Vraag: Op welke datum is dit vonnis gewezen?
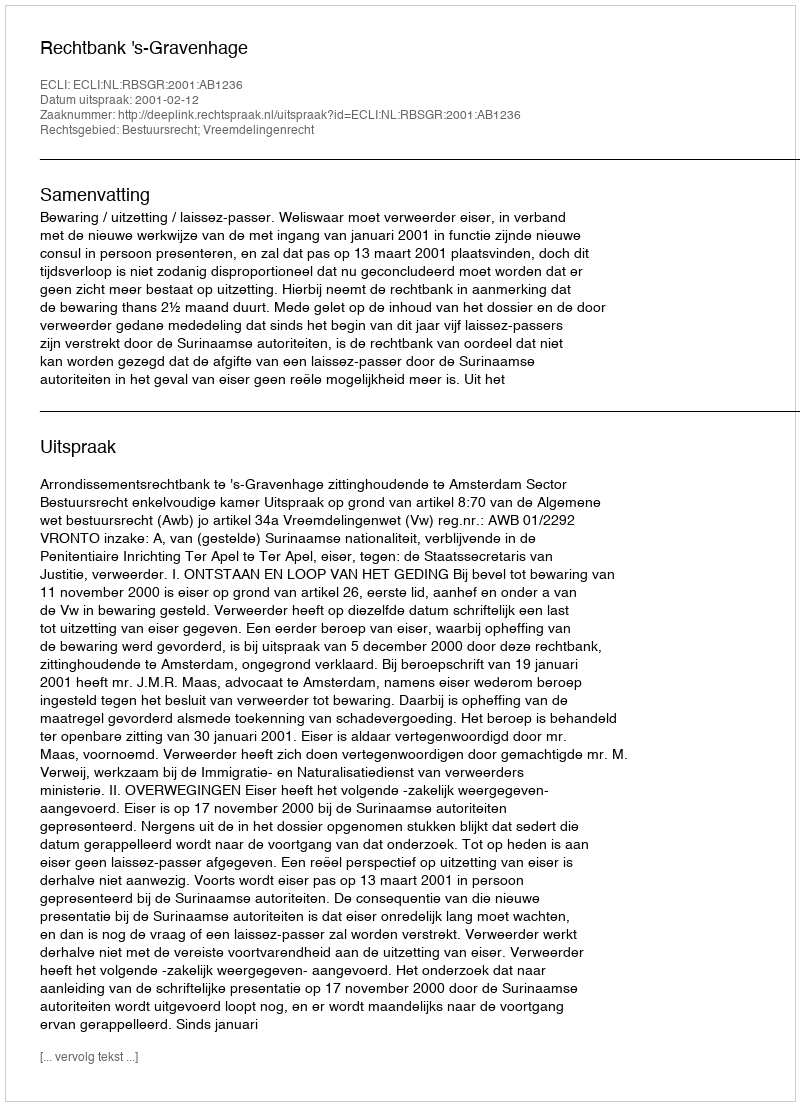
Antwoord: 2001-02-12